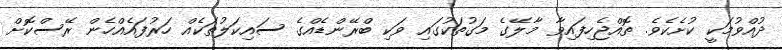
ދުއްވުމަކީ ކުށެކެވެ. ތޮއްޖެހިފައިވާ މާލޭގެ މަގުތަކުގައި ވަކި ބްރޭންޑެއްގެ ސައިކަލުތަކެއް ހަރުފައެއްހެން ރޭސްކޮށް